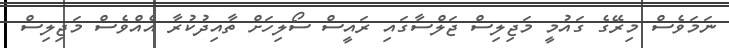
ނަމަވެސް މިރޭގެ ގައުމީ މަޖިލިސް ޖަލްސާގައި ރައީސް ސޯލިހަށް ތާއިދުކުރާ އެއްވެސް މަޖިލިސް